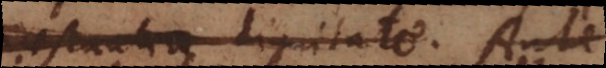
praestantia dignitate. Ante